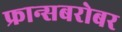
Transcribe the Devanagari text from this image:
फ्रान्सबरोबर